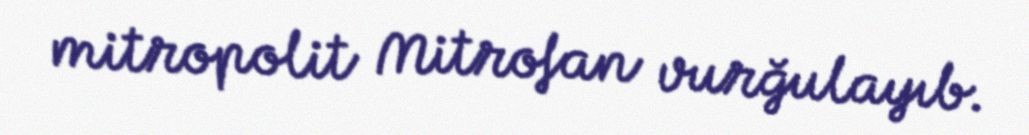
mitropolit Mitrofan vurğulayıb.